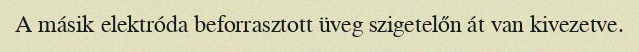
A másik elektróda beforrasztott üveg szigetelőn át van kivezetve.